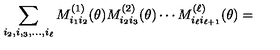
\sum _ { i _ { 2 } , i , _ { 3 } , \ldots , i _ { \ell } } M _ { i _ { 1 } i _ { 2 } } ^ { ( 1 ) } ( \theta ) M _ { i _ { 2 } i _ { 3 } } ^ { ( 2 ) } ( \theta ) \cdots M _ { i _ { \ell } i _ { \ell + 1 } } ^ { ( \ell ) } ( \theta ) =